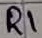
Text: R1